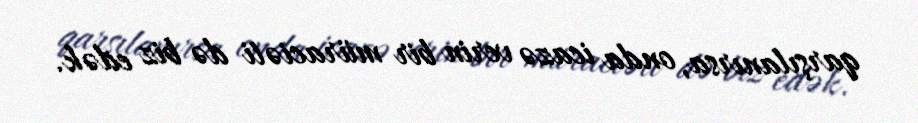
qarşılanırsa, onda icazə verin bir müraciəti də biz edək.